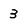
Character: 3